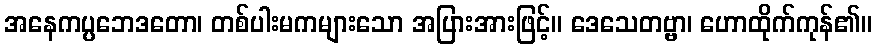
အနေကပ္ပဘေဒတော၊ တစ်ပါးမကများသော အပြားအားဖြင့်။ ဒေသေတဗ္ဗာ၊ ဟောထိုက်ကုန်၏။